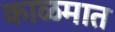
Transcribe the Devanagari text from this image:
काळमात